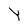
Character: Y